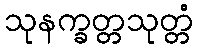
သုနက္ခတ္တသုတ္တံ